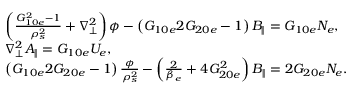
\begin{array} { r l } & { \left( \frac { G _ { 1 0 e } ^ { 2 } - 1 } { \rho _ { s } ^ { 2 } } + \nabla _ { \perp } ^ { 2 } \right) \phi - \left( G _ { 1 0 e } 2 G _ { 2 0 e } - 1 \right) B _ { \parallel } = G _ { 1 0 e } N _ { e } , } \\ & { \nabla _ { \perp } ^ { 2 } A _ { \parallel } = G _ { 1 0 e } U _ { e } , } \\ & { \left( G _ { 1 0 e } 2 G _ { 2 0 e } - 1 \right) \frac { \phi } { \rho _ { s } ^ { 2 } } - \left( \frac { 2 } { \beta _ { e } } + 4 G _ { 2 0 e } ^ { 2 } \right) B _ { \parallel } = 2 G _ { 2 0 e } N _ { e } . } \end{array}